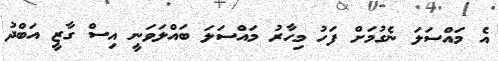
އެ މައްސަލަ ނެގުމަށް ފަހު މިހާރު މައްސަލަ ބައްލަވަނީ އިސް ގާޒީ އަބްދު